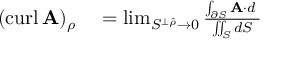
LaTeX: \begin{array} { r l } { ( \operatorname { c u r l } \mathbf { A } ) _ { \rho } } & { { } = \operatorname* { l i m } _ { S ^ { \perp { \boldsymbol { \hat { \rho } } } } \to 0 } { \frac { \int _ { \partial S } \mathbf { A } \cdot d \mathbf { \ell } } { \iint _ { S } d S } } } \end{array}